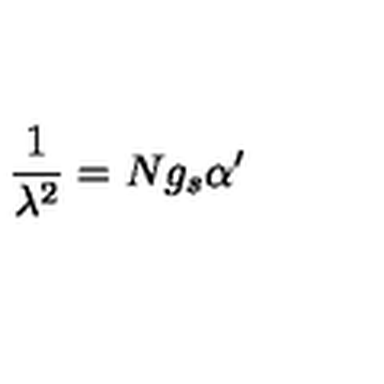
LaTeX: \frac { 1 } { \lambda ^ { 2 } } = N g _ { s } \alpha ^ { \prime }